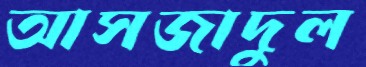
আসজাদুল